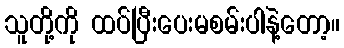
သူတို့ကို ထပ်ပြီးပေးမစမ်းပါနဲ့တော့။